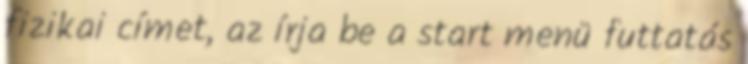
fizikai címet, az írja be a start menü futtatás